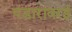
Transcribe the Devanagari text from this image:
पंडारावरई